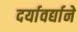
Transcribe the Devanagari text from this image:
दर्यावर्द्याने